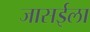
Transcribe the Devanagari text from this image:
जासईला